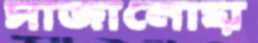
সাজানোয়